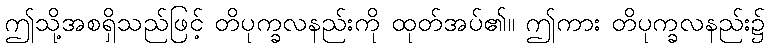
ဤသို့အစရှိသည်ဖြင့် တိပုက္ခလနည်းကို ထုတ်အပ်၏။ ဤကား တိပုက္ခလနည်း၌